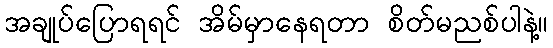
အချုပ်ပြောရရင် အိမ်မှာနေရတာ စိတ်မညစ်ပါနဲ့။